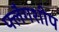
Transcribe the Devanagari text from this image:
फ्लैगशीप